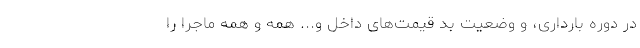
در دوره بارداری، و وضعیت بد قیمت‌های داخل و... همه و همه ماجرا را